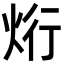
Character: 烆